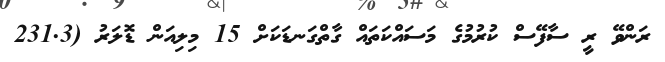
ރަންވޭ ރީ ސާފޭސް ކުރުމުގެ މަސައްކަތައް ގާތްގަނޑަކަށް 15 މިލިއަން ޑޮލަރު (231.3